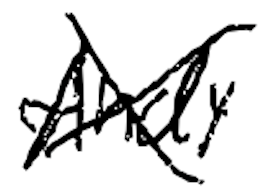
Text: Andy
Cross-out: cross
Writing tool: digital_black